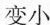
变小